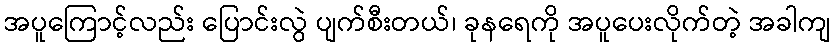
အပူကြောင့်လည်း ပြောင်းလွဲ ပျက်စီးတယ်၊ ခုနရေကို အပူပေးလိုက်တဲ့ အခါကျ